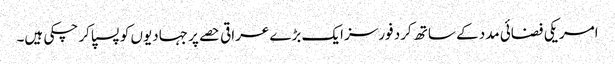
امریکی فضائی مدد کے ساتھ کرد فورسز ایک بڑے عراقی حصے پر جہادیوں کو پسپا کر چکی ہیں۔